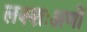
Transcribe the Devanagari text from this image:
लक्शःअणों